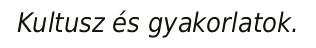
Kultusz és gyakorlatok.